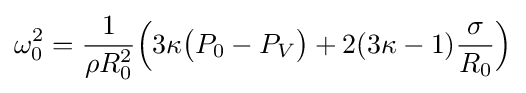
\omega _{0}^{2}={\frac {1}{\rho R_{0}^{2}}}{\Bigl (}3\kappa {\bigl (}P_{0}-P_{V}{\bigr )}+2(3\kappa -1){\frac {\sigma }{R_{0}}}{\Bigr )}